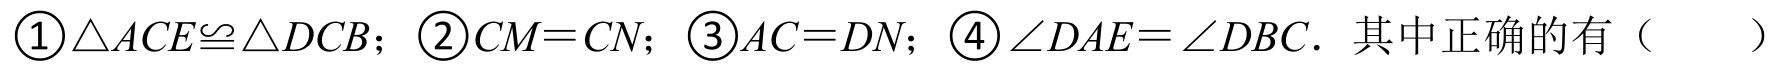
\textcircled{1}\(\triangle ACE\cong\triangle DCB\)；\textcircled{2}\(CM = CN\)；\textcircled{3}\(AC = DN\)；\textcircled{4}\(\angle DAE=\angle DBC\). 其中正确的有（  ）